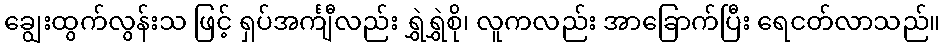
ချွေးထွက်လွန်းသ ဖြင့် ရှပ်အင်္ကျီလည်း ရွှဲရွှဲစို၊ လူကလည်း အာခြောက်ပြီး ရေငတ်လာသည်။